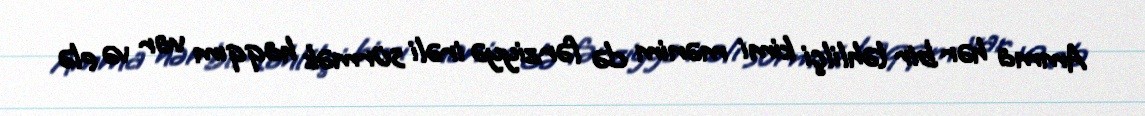
Amma hər bir təhlilçi kimi mənim də fərziyyə irəli sürmək haqqım var və elə